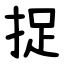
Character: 捉